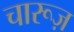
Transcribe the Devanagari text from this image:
चारूज़